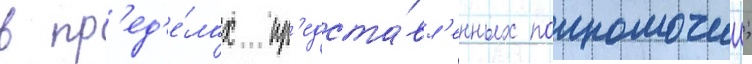
в пр'ед'е́лах пр'едста́вл'енных полномочии;